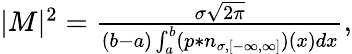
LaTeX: \begin{array}{r}{|M|^{2}=\frac{\sigma\sqrt{2\pi}}{(b-a)\int_{a}^{b}(p\ast n_{\sigma,[-\infty,\infty]})(x)dx},}\end{array}